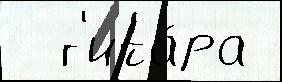
  г'ита́ра